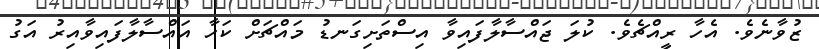
ޒުވާނެވެ. އެހާ ރީއްޗެވެ. ކުލަ ޖައްސާލާފައިވާ އިސްތަށިގަނޑު މައްޗަށް ކަހާ އައްސާލާފައިވާއިރު އަގު